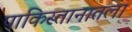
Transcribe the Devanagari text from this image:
पाकिस्तानातला